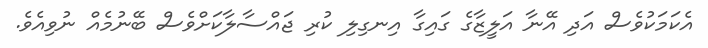
އެކަމަކުވެސް އަދި އޭނާ އަލީޒާގެ ގައިގާ އިނގިލި ކުރި ޖައްސާލާކަށްވެސް ބޭނުމެއް ނުވިއެވެ.